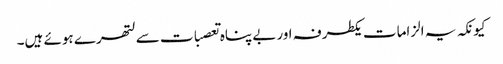
کیونکہ یہ الزامات یکطرفہ اوربے پناہ تعصبات سے لتھرے ہوئے ہیں۔